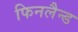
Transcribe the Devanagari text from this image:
फिनलैन्ड